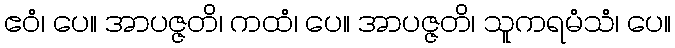
ဧဝံ၊ ပေ။ အာပဇ္ဇတိ၊ ကထံ၊ ပေ။ အာပဇ္ဇတိ၊ သူကရမံသံ၊ ပေ။